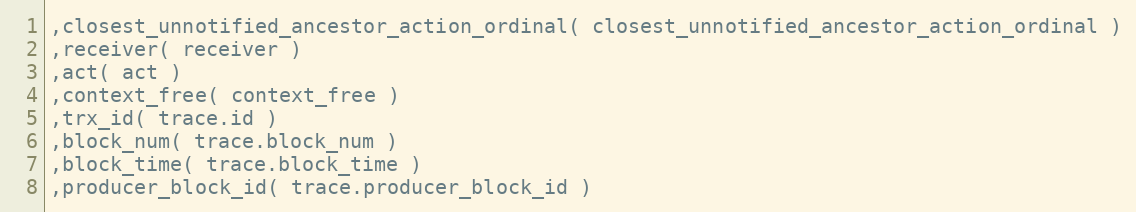
Language: C++
,closest_unnotified_ancestor_action_ordinal( closest_unnotified_ancestor_action_ordinal )
,receiver( receiver )
,act( act )
,context_free( context_free )
,trx_id( trace.id )
,block_num( trace.block_num )
,block_time( trace.block_time )
,producer_block_id( trace.producer_block_id )